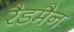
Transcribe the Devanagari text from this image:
रैडमैन